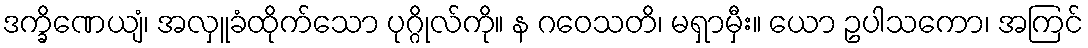
ဒက္ခိဏေယျံ၊ အလှူခံထိုက်သော ပုဂ္ဂိုလ်ကို။ န ဂဝေသတိ၊ မရှာမှီး။ ယော ဥပါသကော၊ အကြင်